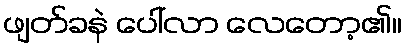
ဖျတ်ခနဲ ပေါ်လာ လေတော့၏။